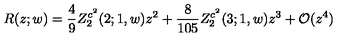
R ( z ; w ) = \frac { 4 } { 9 } Z _ { 2 } ^ { c ^ { 2 } } ( 2 ; 1 , w ) z ^ { 2 } + \frac { 8 } { 1 0 5 } Z _ { 2 } ^ { c ^ { 2 } } ( 3 ; 1 , w ) z ^ { 3 } + { \cal O } ( z ^ { 4 } )